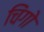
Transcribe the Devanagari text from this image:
चिंगो